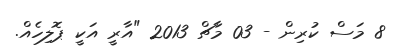
8 މަސް ކުރިން - 03 މާޗް 2013 "އާރީ އަކީ ޕޮލިހެއް.